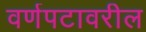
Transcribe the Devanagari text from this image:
वर्णपटावरील